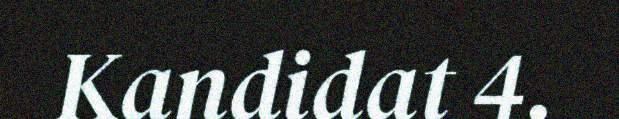
Kandidat 4.